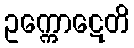
ဥက္ကောဋေတိ